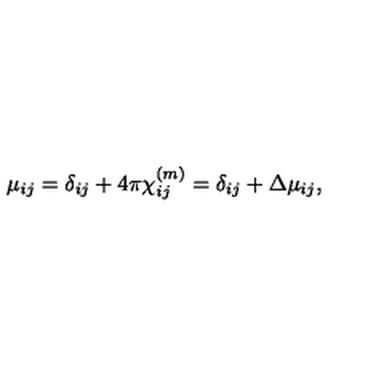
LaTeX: \mu _ { i j } = \delta _ { i j } + 4 \pi \chi _ { i j } ^ { ( m ) } = \delta _ { i j } + \Delta \mu _ { i j } ,